Applicability to medico-legal practice in India of the biochemical tests for the origin of blood-stains - Number 39
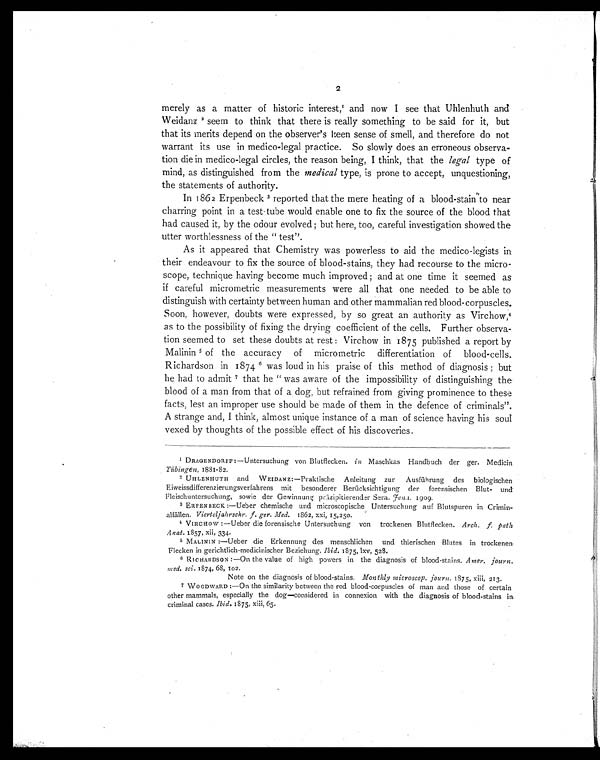
2
merely as a matter of historic interest, 1 a n d n o w I s e e t h a t U h l e n h u t h a n d
Weidanz 2 s e e m t o t h i n k t h a t t h e r e i s r e a l l y s o m e t h i n g t o b e s a i d f o r i t , b u t
that its merits depend on the observer's keen sense of smell, and therefore do not
warrant its use in medico-legal practice. So slowly does an erroneous observa-
tion die in medico-legal circles, the reason being, I think, that the legal type of
mind, as distinguished from the medical type, is prone to accept, unquestioning,
the statements of authority.
In 1862 Erpenbeck 3r e p o r t e d t h a t t h e m e r e h e a t i n g o f a b l o o d - s t a i n t o n e a r
charring point in a test-tube would enable one to fix the source of the blood that
had caused it, by the odour evolved; but here, too, careful investigation showed the
utter worthlessness of the "test".
As it appeared that Chemistry was powerless to aid the medico-legists in
their endeavour to fix the source of blood-stains, they had recourse to the micro-
scope, technique having become much improved; and at one time it seemed as
if careful micrometric measurements were all that one needed to be able to
distinguish with certainty between human and other mammalian red blood-corpuscles.
Soon, however, doubts were expressed, by so great an authority as Virchow 4
as to the possibility of fixing the drying coefficient of the cells. Further observa-
tion seemed to set these doubts at rest: Virchow in 1875 published a report by
Malinin 5o f t h e a c c u r a c y o f m i c r o m e t r i c d i f f e r e n t i a t i o n o f b l o o d - c e l l s .
Richardson in 1874 6 was loud in his praise of this method of diagnosis; but
he had to admit7 t h a t h e " w a s a w a r e o f t h e i m p o s s i b i l i t y o f d i s t i n g u i s h i n g t h e
blood of a man from that of a dog, but refrained from giving prominence to these
facts, lest an improper use should be made of them in the defence of criminals".
A strange and, I think, almost unique instance of a man of science having his soul
vexed by thoughts of the possible effect of his discoveries.
1 DRAGENDORFF:—Untersuchung von Blutflecken. in Maschkas Handbuch der gear. Medicin
Tübingen, 1881-82.
2 UHLENHUTH and WEIDANZ:—Praktische Anleitung zur Ausführung des biologischen
Eiweissdifferenzierungsverfahrens mit besonderer Berücksichtigung der forensischen Blut- und
Fleischuntersuchung, sowie der Gewinnung präzipitierender Sera. J e n a
1 9 0 9 .
3 ERPEN BECK:—Ueber chemische und microscopische Untersuchung auf Blutspuren in
Criminalfällen. Viertcljahrschr. f. ger. Med. 1862, xxi, 15,250.
4. VIRCHOW:—Ueber die forensische Untersuchung von trockenen Blutflecken. Arch. f. path.
Anat. 1857, xii, 334.
5 MALININ:—Ueber die Erkennung des menschlichen und thierischen Blutes in trockenen
Flecken in gerichtlich-medicinischer Beziehung. Ibid. 1875, lxv, 528.
6 R ICHARDSON:—On the value of high powers in the diagnosis of blood-stains. Amer. journ.
med. sci . 1874, 68, 102.
Note on the diagnosis of blood-stains. Monthly microscop. journ 1875, xiii, 213.
7 WOODWARD:—On the similarity between the red blood-corpuscles of man and those of certain
other mammals, especially the dog—considered in connexion with the diagnosis of blood-stains in.
criminal cases. Ibid. 1875, xiii, 65.